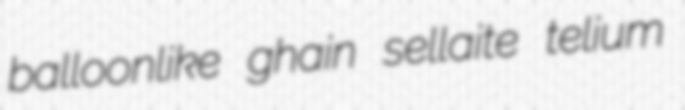
balloonlike ghain sellaite telium